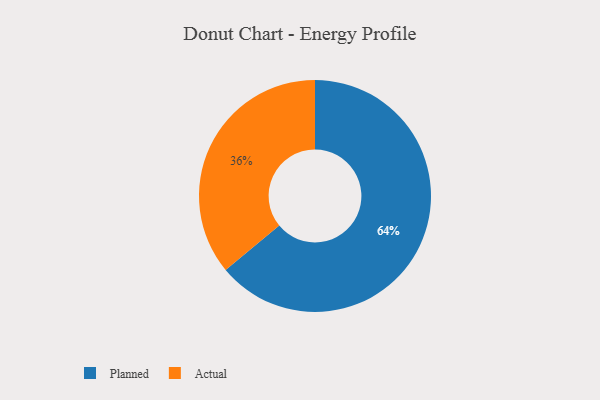
{"axis": {"x": "Category", "y": "Percentage"}, "legend": ["Actual", "Planned"], "data": [{"x": "Planned", "y": 64, "type": "Planned"}, {"x": "Actual", "y": 36, "type": "Actual"}]}